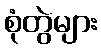
စုံတွဲများ